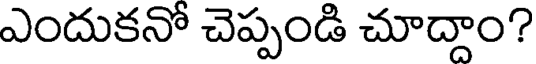
ఎందుకనో చెప్పండి చూద్దాం?